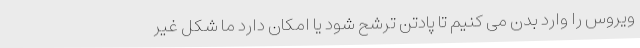
ویروس را وارد بدن می کنیم تا پادتن ترشح شود یا امکان دارد ما شکل غیر